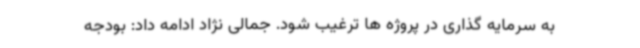
به سرمایه گذاری در پروژه ها ترغیب شود. جمالی نژاد ادامه داد: بودجه